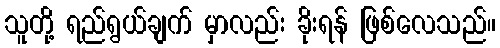
သူတို့ ရည်ရွယ်ချက် မှာလည်း ခိုးရန် ဖြစ်လေသည်။